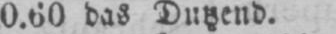
0.60 das Dutzend.